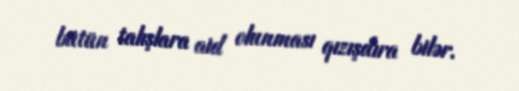
bütün talışlara aid olunması qızışdıra bilər.